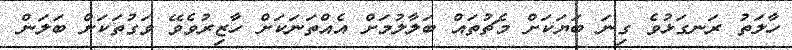
ހާލަތު ރަނގަޅުވެ ގިނަ ބަޔަކަށް މެޗުތައް ބަލާލުމަށް އެއްތަނަކަށް ހާޒިރުވެވޭ ވަގުތަކަށް ބަލަން